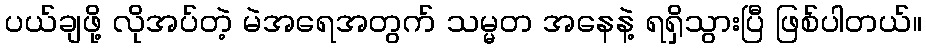
ပယ်ချဖို့ လိုအပ်တဲ့ မဲအရေအတွက် သမ္မတ အနေနဲ့ ရရှိသွားပြီ ဖြစ်ပါတယ်။